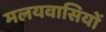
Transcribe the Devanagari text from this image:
मलयवासियों